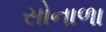
સોનાળા